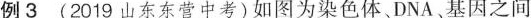
例3(2019山东东营中考)如图为染色体DNA、基因之间